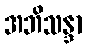
အဘိသန္ဒာ